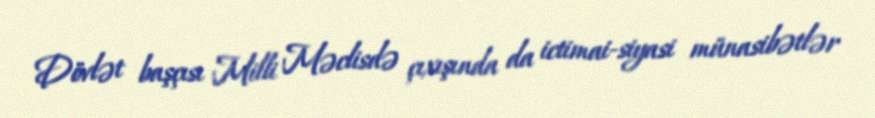
Dövlət başçısı Milli Məclisdə çıxışında da ictimai-siyasi münasibətlər